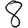
Digit: 8